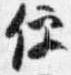
便